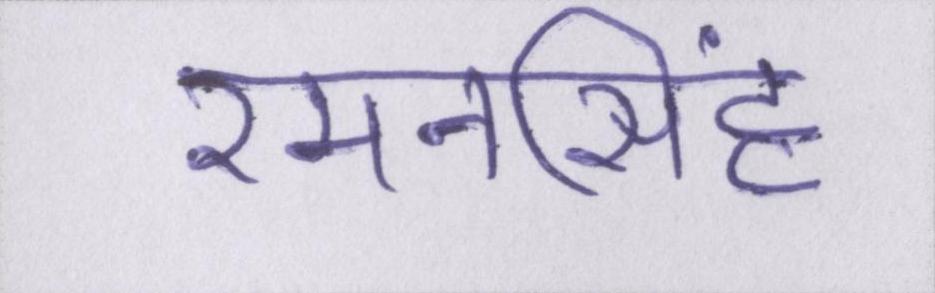
रमनसिंह